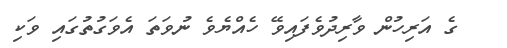
ގެ އަރިހުން ވާރިދުވެފައިވޭ ހެއްޔެވެ ނުވަތަ އެވަގުތުގައި ވަކި